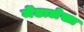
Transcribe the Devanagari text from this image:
मेंढालेखा